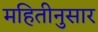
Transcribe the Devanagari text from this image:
महितीनुसार